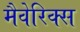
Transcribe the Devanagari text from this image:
मैवेरिक्स